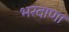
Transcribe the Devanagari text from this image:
भरदाणा